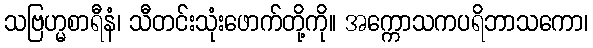
သဗြဟ္မစာရီနံ၊ သီတင်းသုံးဖောက်တို့ကို။ အက္ကောသကပရိဘာသကော၊